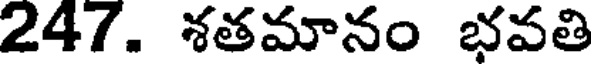
247. శతమానం భవతి